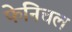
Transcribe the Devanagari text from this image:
फेनिचल